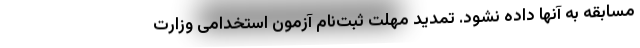
مسابقه به آنها داده نشود. تمدید مهلت ثبت‌نام آزمون استخدامی وزارت